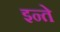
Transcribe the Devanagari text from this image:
इन्ते